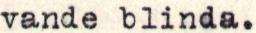
vande blinda.